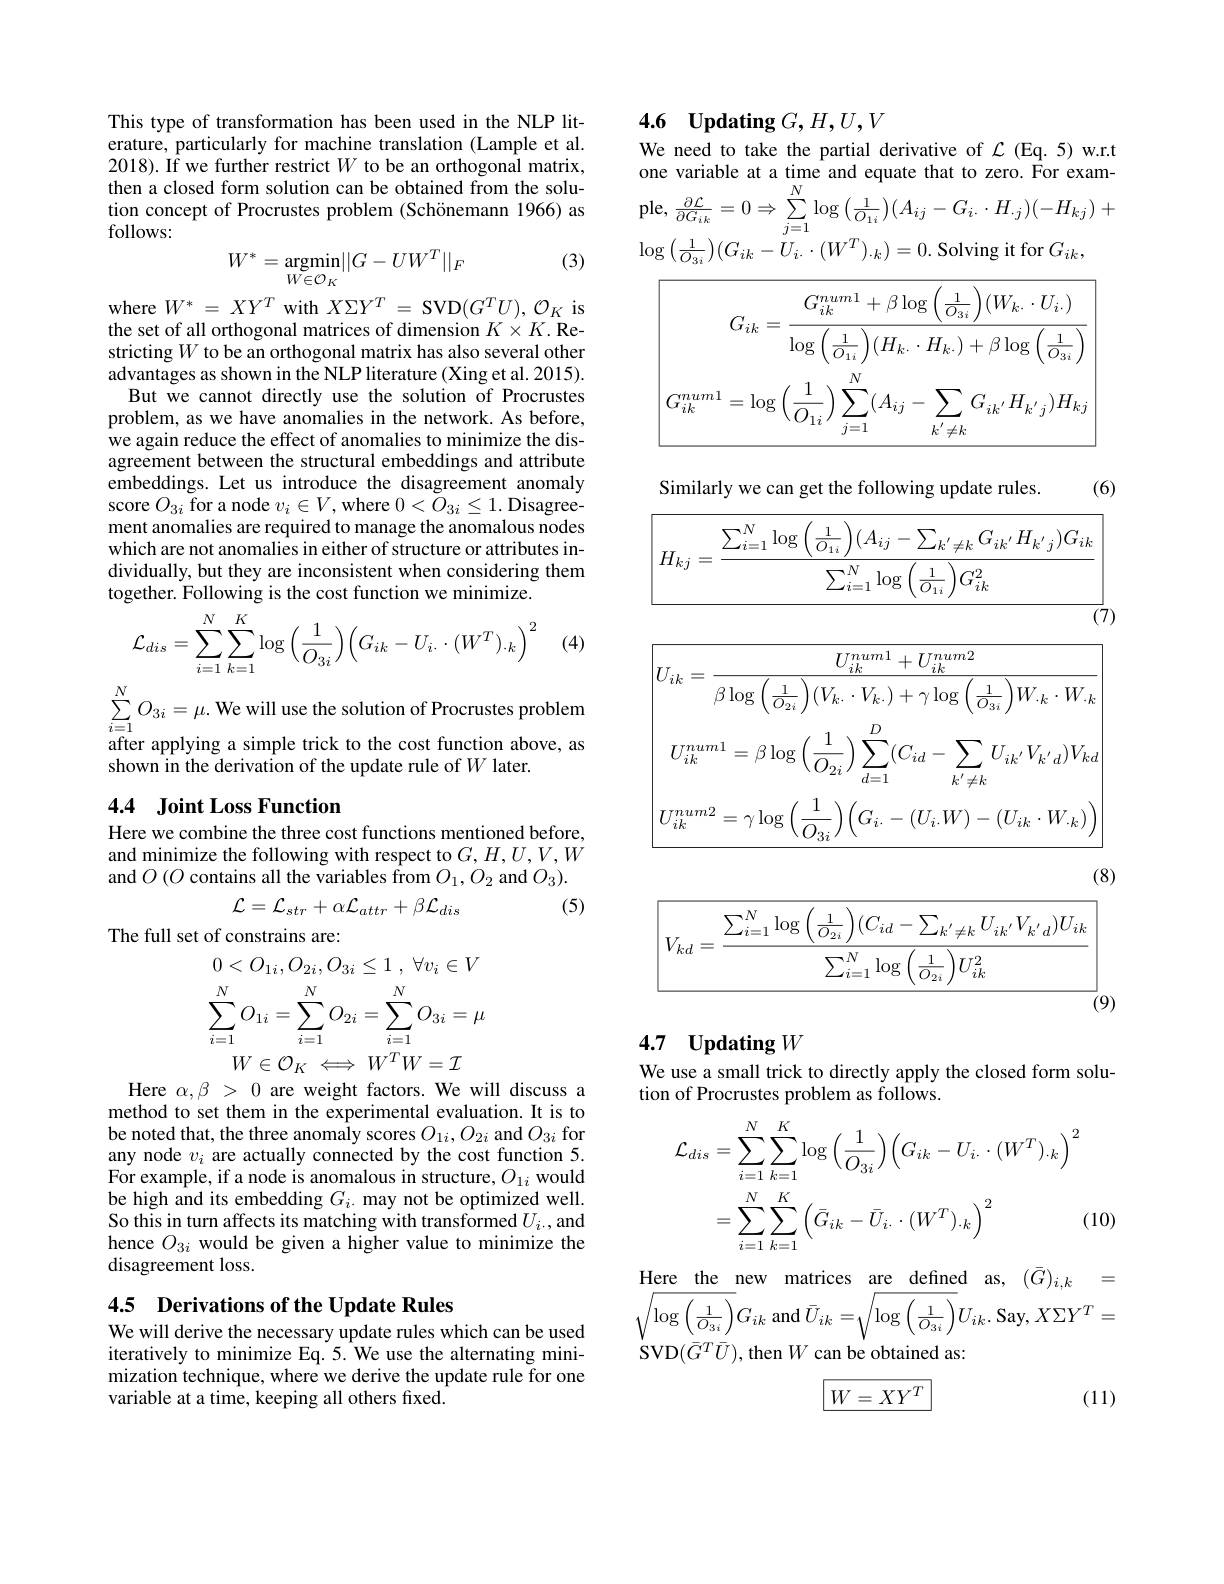
This type of transformation has been used in the NLP literature, particularly for machine translation (Lample et al. 2018). If we further restrict $W$ to be an orthogonal matrix, then a closed form solution can be obtained from the solution concept of Procrustes problem (Schönemann 1966) as follows:
$$W^*=\underset{W\in\mathcal{O}_K}{\text{argmin}}||G-UW^T||_F$$
(3)

where $W^*=XY^T$ with $X\Sigma Y^T=$ SVD$(G^TU),\mathcal{O}_K$ is the set of all orthogonal matrices of dimension $K\times K.$Restricting $W$ to be an orthogonal matrix has also several other advantages as shown in the NLP literature (Xing et al. 2015).
But we cannot directly use the solution of Procrustes problem, as we have anomalies in the network. As before, we again reduce the effect of anomalies to minimize the disagreement between the structural embeddings and attribute embeddings. Let us introduce the disagreement anomaly score $O_{3i}$ for a node $v_i\in V$, where $0<\dot{O}_{3i}\leq1.$ Disagreement anomalies are required to manage the anomalous nodes which are not anomalies in either of structure or attributes individually, but they are inconsistent when considering them together. Following is the cost function we minimize.
$$\mathcal{L}_{dis}=\sum_{i=1}^{N}\sum_{k=1}^{K}\log\Big(\frac{1}{O_{3i}}\Big)\Big(G_{ik}-U_{i.}\cdot(W^{T})_{.k}\Big)^{2}$$
(4)

$\sum_{i=1}^{N}O_{3i}=\mu.$ We will use the solution of Procrustes problem after applying a simple trick to the cost function above, as shown in the derivation of the update rule of $W$ later.

### 4.4 Joint Loss Function

Here we combine the three cost functions mentioned before, and minimize the following with respect to $G,H,U,V,W$ and $O\left(O\text{ contains all the variables from}O_{1},O_{2}\mathrm{~and~}O_{3}\right).$
$$\mathcal{L}=\mathcal{L}_{str}+\alpha\mathcal{L}_{attr}+\beta\mathcal{L}_{dis}$$
(5)

The full set of constrains are:
$$0<O_{1i},O_{2i},O_{3i}\leq1\:,\:\forall v_{i}\in V\\\sum_{i=1}^{N}O_{1i}=\sum_{i=1}^{N}O_{2i}=\sum_{i=1}^{N}O_{3i}=\mu\\W\in\mathcal{O}_{\cdots}\longleftrightarrow W^{T}W-\tau $$
Here $\alpha , \beta$ > 0 are weight factors. We will discuss a method to set them in the experimental evaluation. It is to be noted that, the three anomaly scores $O_{1i},O_{2i}$ and $O_{3i}$ for any node $v_i$ are actually connected by the cost function 5. For example, if a node is anomalous in structure, $O_1i$ would be high and its embedding $G_i.$ may not be optimized well. So this in turn affects its matching with transformed $U_i.$,and hence $O_{3i}$ would be given a higher value to minimize the disagreement loss.

4.5 Derivations of the Update Rules
We will derive the necessary update rules which can be used

iteratively to minimize Eq.5.We use the alternating minimization technique, where we derive the update rule for one variable at a time, keeping all others fixed.

# 4.6 Updating $G,H,U,V$
We need to take the partial derivative of $\mathcal{L}$ (Eq.5)w.r.t

one variable at a time and equate that to zero. For example, $\frac{\partial\mathcal{L}}{\partial G_{ik}}=0\Rightarrow\sum_{j=1}^{N}\log\left(\frac{1}{O_{1i}}\right)(A_{ij}-G_{i.}\cdot H_{\cdot j})(-H_{kj})+$

$\log\left(\frac{1}{O_{3i}}\right)(G_{ik}-\dot{U}_{i}.\cdot(W^{T})._{k})=0.$ Solving it for $G_ik$,
$$\overline{G_{ik}=\frac{G_{ik}^{num1}+\beta\log\left(\frac{1}{O_{3i}}\right)(W_{k\cdot}\cdot U_{i\cdot})}{\log\left(\frac{1}{O_{1i}}\right)(H_{k\cdot}\cdot H_{k\cdot})+\beta\log\left(\frac{1}{O_{3i}}\right)}}$$
$$\left|G_{ik}^{num1}=\log\left(\frac{1}{O_{1i}}\right)\sum_{j=1}^{N}(A_{ij}-\sum_{k^{'}\neq k}G_{ik^{'}}H_{k^{'}j})H_{kj}\right|$$
(6)

Similarly we can get the following update rules.
$$\boxed{H_{kj}=\frac{\sum_{i=1}^{N}\log\left(\frac{1}{O_{1i}}\right)(A_{ij}-\sum_{k^{'}\neq k}G_{ik^{'}}H_{k^{'}j})G_{ik}}{\sum_{i=1}^{N}\log\left(\frac{1}{O_{1i}}\right)G_{ik}^{2}}}$$
$\overline{(7)}$
$$\boxed{U_{ik}=\frac{U_{ik}^{num1}+U_{ik}^{num2}}{\beta\log\left(\frac{1}{O_{2i}}\right)(V_{k\cdot}\cdot V_{k\cdot})+\gamma\log\left(\frac{1}{O_{3i}}\right)W_{\cdot k}\cdot W_{\cdot k}}}$$
$$U_{ik}^{num1}=\beta\log\left(\frac{1}{O_{2i}}\right)\sum_{d=1}^{D}(C_{id}-\sum_{k^{'}\neq k}U_{ik^{'}}V_{k^{'}d})V_{kd}$$
$$\left|U_{ik}^{num2}=\gamma\log\left(\frac{1}{O_{3i}}\right)\left(G_{i.}-(U_{i.}W)-(U_{ik}\cdot W_{.k})\right)\right|$$
(8)
$\boxed{V_{kd}=\frac{\sum_{i=1}^{N}\log\left(\frac{1}{O_{2i}}\right)(C_{id}-\sum_{k^{\prime}\neq k}U_{ik^{\prime}}V_{k^{\prime}d})U_{ik}}{\sum^{N}\:\cdot\left(\frac{1}{1}\right)\:r^{2}}}$
$\overline{\sum_{i=1}^N\log\left(\frac1{O_{2i}}\right)U_{ik}^2}$
$\overline{(}9)$

# 4.7 Updating $W$

We use a small trick to directly apply the closed form solu-
tion of Procrustes problem as follows.
$$\begin{aligned}\mathcal{L}_{dis}&=\sum_{i=1}^{N}\sum_{k=1}^{K}\log\left(\frac{1}{O_{3i}}\right)\left(G_{ik}-U_{i.}\cdot(W^{T})_{.k}\right)^{2}\\&=\sum_{i=1}^{N}\sum_{k=1}^{K}\left(\bar{G}_{ik}-\bar{U}_{i.}\cdot(W^{T})_{.k}\right)^{2}&\text{(}\end{aligned}$$
(10)

Here the new matrices are defined as, $(\bar{G})_{i,k}=$ $\sqrt{\log\left(\frac{1}{O_{3i}}\right)}G_{ik}$ and$\bar{U}_{ik}=\sqrt\log\left(\frac{1}{O_{3i}}\right)U_{ik}.$ Say, $X\Sigma Y^T=$ ${\dot{S}}$VD$(\bar{G}^{T}\bar{U})$,then$W$can be obtained as

(11)
$$\boxed{W=XY^T}$$